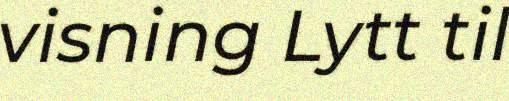
visning Lytt til